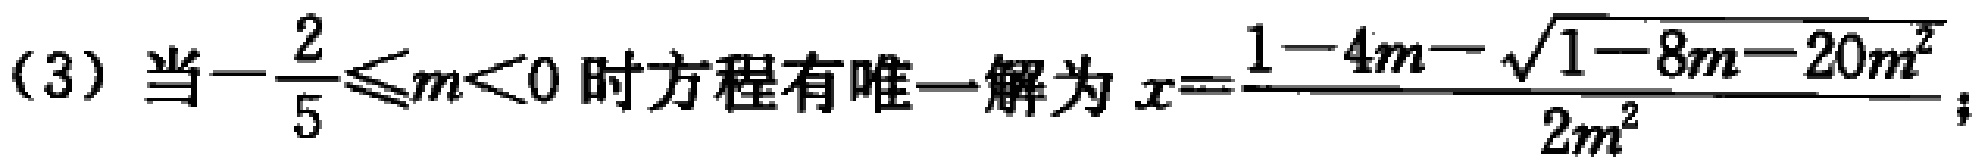
(3) 当\(-\frac{2}{5}\leqslant m<0\)时方程有唯一解为\(x = \frac{1 - 4m - \sqrt{1 - 8m - 20m^{2}}}{2m^{2}}\)；